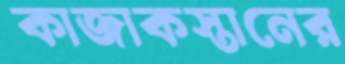
কাজাকস্তানের